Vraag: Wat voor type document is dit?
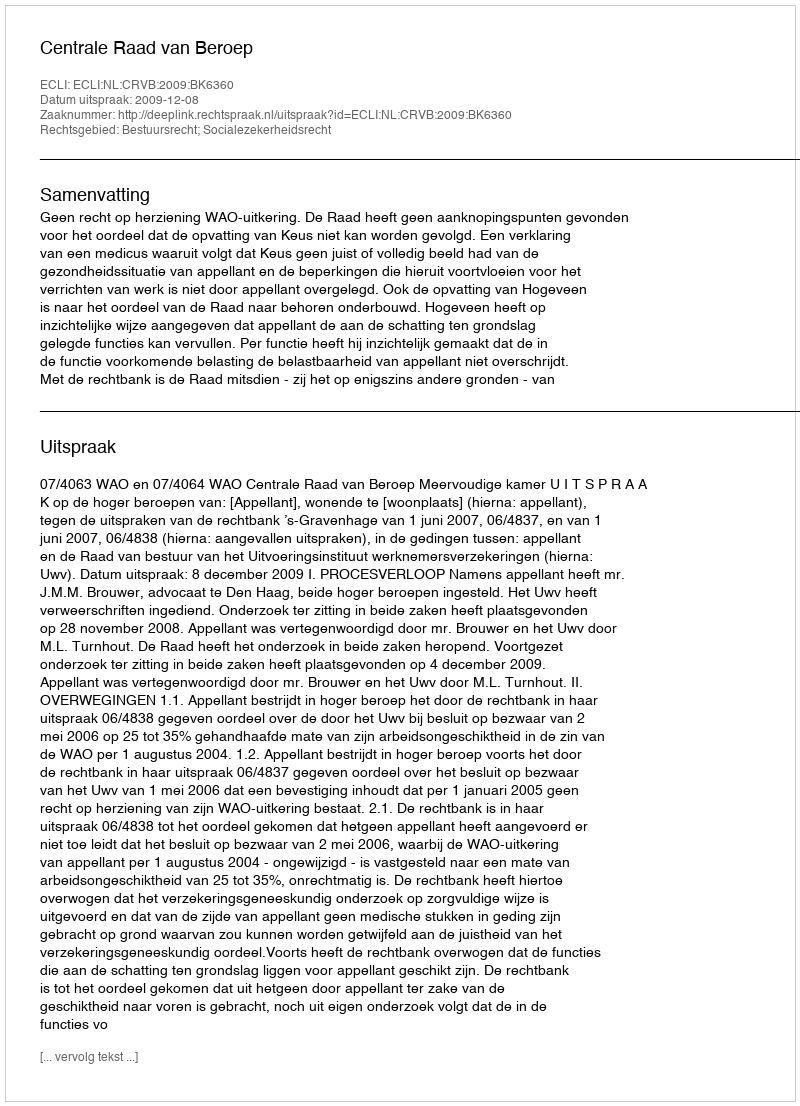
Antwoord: Uitspraak